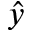
\hat { y }